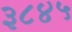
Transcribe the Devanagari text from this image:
३८४५